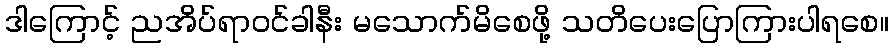
ဒါကြောင့် ညအိပ်ရာဝင်ခါနီး မသောက်မိစေဖို့ သတိပေးပြောကြားပါရစေ။